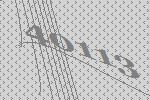
40113